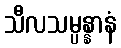
သီလသမ္ပန္နာနံ